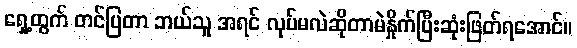
ရှေ့ထွက် တင်ပြတာ ဘယ်သူ အရင် လုပ်မလဲဆိုတာမဲနှိုက်ပြီးဆုံးဖြတ်ရအောင်။